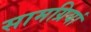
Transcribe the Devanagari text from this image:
सामग्रियां